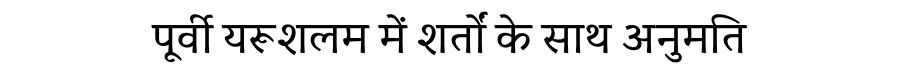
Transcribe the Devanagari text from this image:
पूर्वी यरूशलम में शर्तों के साथ अनुमति